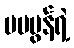
မမမွန်ရဲ့